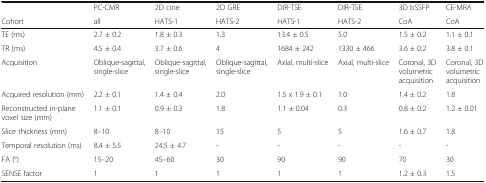
<table><thead><tr><td></td><td><b>PC-CMR</b></td><td><b>2D cine</b></td><td><b>2D GRE</b></td><td><b>DIR-TSE</b></td><td><b>DIR-TSE</b></td><td><b>3D bSSFP</b></td><td><b>CE-MRA</b></td></tr><tr><td><b>Cohort</b></td><td><b>all</b></td><td><b>HATS-1</b></td><td><b>HATS-2</b></td><td><b>HATS-1</b></td><td><b>HATS-2</b></td><td><b>CoA</b></td><td><b>CoA</b></td></tr></thead><tbody><tr><td>TE (ms)</td><td>2.7 ± 0.2</td><td>1.8 ± 0.3</td><td>1.3</td><td>13.4 ± 0.5</td><td>5.0</td><td>1.5 ± 0.2</td><td>1.1 ± 0.1</td></tr><tr><td>TR (ms)</td><td>4.5 ± 0.4</td><td>3.7 ± 0.6</td><td>4</td><td>1684 ± 242</td><td>1330 ± 466</td><td>3.6 ± 0.2</td><td>3.8 ± 0.1</td></tr><tr><td>Acquisition</td><td>Oblique-sagittal, single-slice</td><td>Oblique-sagittal, single-slice</td><td>Oblique-sagittal, single-slice</td><td>Axial, multi-slice</td><td>Axial, multi-slice</td><td>Coronal, 3D volumetric acquisition</td><td>Coronal, 3D volumetric acquisition</td></tr><tr><td>Acquired resolution (mm)</td><td>2.2 ± 0.1</td><td>1.4 ± 0.4</td><td>2.0</td><td>1.5 x 1.9 ± 0.1</td><td>1.0</td><td>1.4 ± 0.2</td><td>1.8</td></tr><tr><td>Reconstructed in-plane voxel size (mm)</td><td>1.1 ± 0.1</td><td>0.9 ± 0.3</td><td>1.8</td><td>1.1 ± 0.04</td><td>0.3</td><td>0.8 ± 0.2</td><td>1.2 ± 0.01</td></tr><tr><td>Slice thickness (mm)</td><td>8–10</td><td>8–10</td><td>15</td><td>5</td><td>5</td><td>1.6 ± 0.7</td><td>1.8</td></tr><tr><td>Temporal resolution (ms)</td><td>8.4 ± 5.5</td><td>24.5 ± 4.7</td><td>-</td><td>-</td><td>-</td><td>-</td><td>-</td></tr><tr><td>FA (°)</td><td>15–20</td><td>45–60</td><td>30</td><td>90</td><td>90</td><td>70</td><td>30</td></tr><tr><td>SENSE factor</td><td>1</td><td>1</td><td>1</td><td>1</td><td>1</td><td>1.2 ± 0.3</td><td>1.5</td></tr></tbody></table>